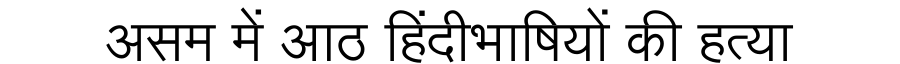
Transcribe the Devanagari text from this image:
असम में आठ हिंदीभाषियों की हत्या